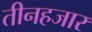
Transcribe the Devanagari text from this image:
तीनहजार